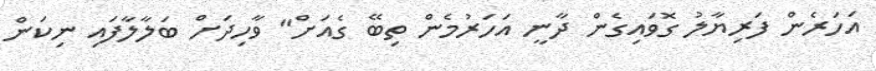
އަހަރެން ފަރިޔާލު ގޮވައިގެން ދާނީ އަހަރުމެން ތިބޭ ގެއަށް" ވާހިދަށް ބަލާލާފައި ނިކަން